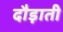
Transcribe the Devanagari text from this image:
दौड़ाती